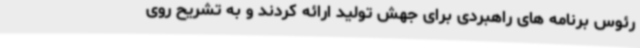
رئوس برنامه های راهبردی برای جهش تولید ارائه کردند و به تشریح روی